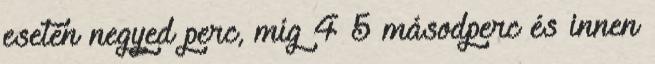
esetén negyed perc, míg 4 5 másodperc és innen